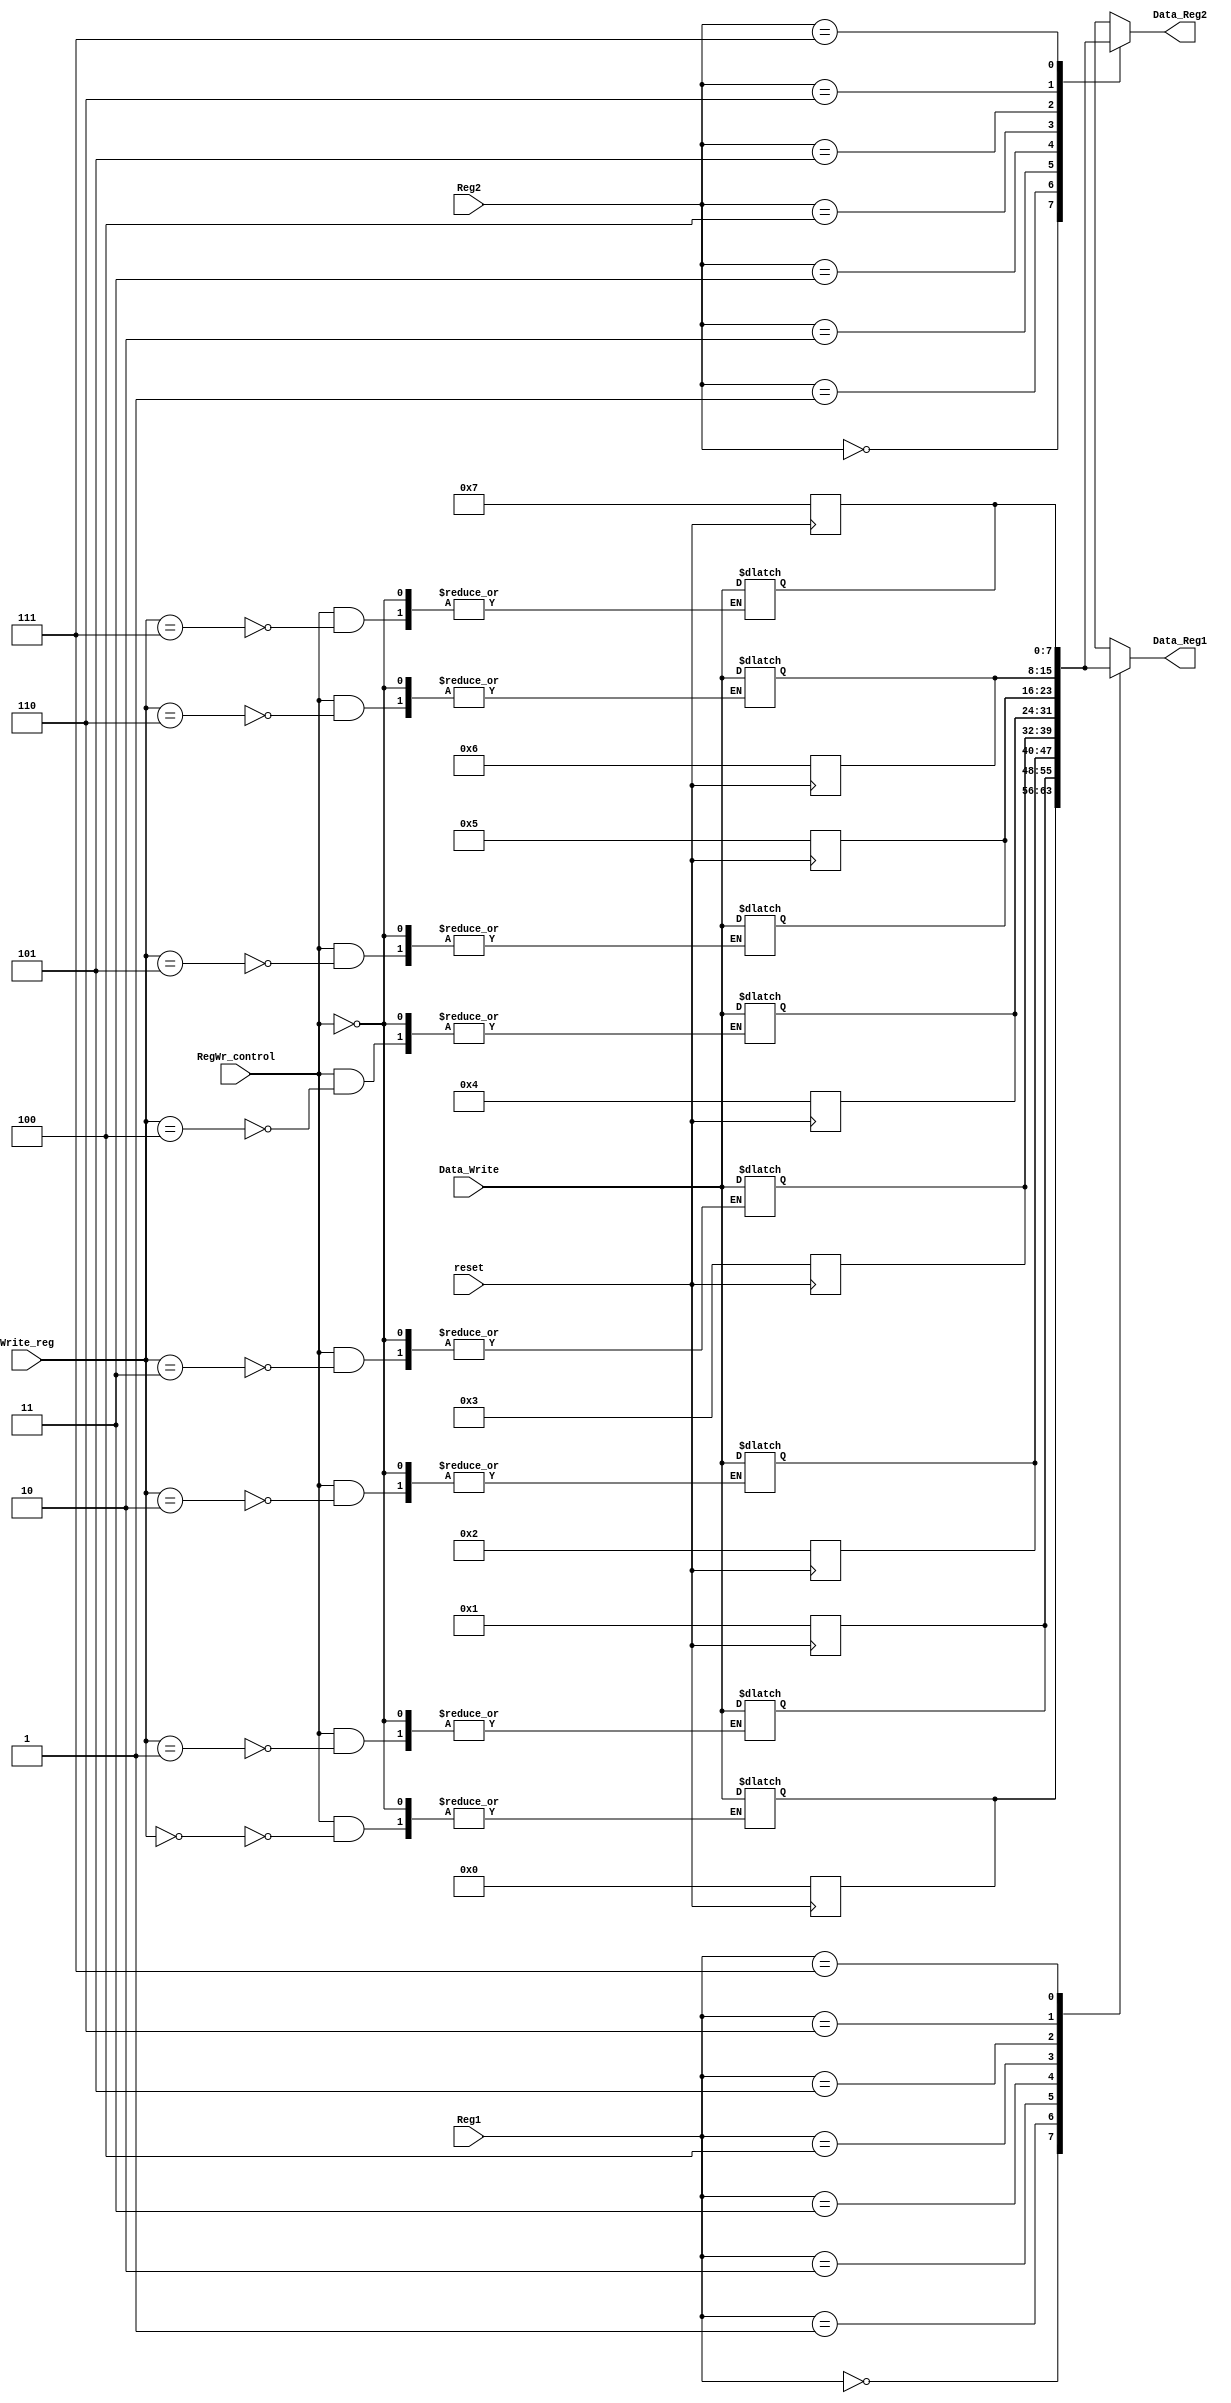


module Reg_File(
  input [2:0] Reg1,
  input [2:0] Reg2,
  input [2:0] Write_reg,   
  input [7:0] Data_Write,
  input RegWr_control,
  input reset,
  output reg [7:0] Data_Reg1,
  output reg [7:0] Data_Reg2
  );
  
  reg [7:0] Reg_mem [7:0];    
  
  always@(negedge reset)
  begin
    if(reset == 0)
    begin
      Reg_mem[0] = 0;
      Reg_mem[1] = 1;
      Reg_mem[2] = 2;
      Reg_mem[3] = 3;
      Reg_mem[4] = 4;
      Reg_mem[5] = 5;
      Reg_mem[6] = 6;
      Reg_mem[7] = 7;
    end
  end
  
  always@(*)                          
  begin      
    Data_Reg1 <= Reg_mem[Reg1];
    Data_Reg2 <= Reg_mem[Reg2];  //for sequential execution
                                       
    if(RegWr_control == 1)
      Reg_mem[Write_reg] <= Data_Write;
  end
endmodule